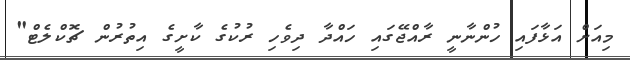
މިއަށް އަޅާފައި ހުންނާނީ ރާއްޖޭގައި ހައްދާ ދިވެހި ރުކުގެ ކާށީގެ އިތުރުން ޗޮކްލެޓް"